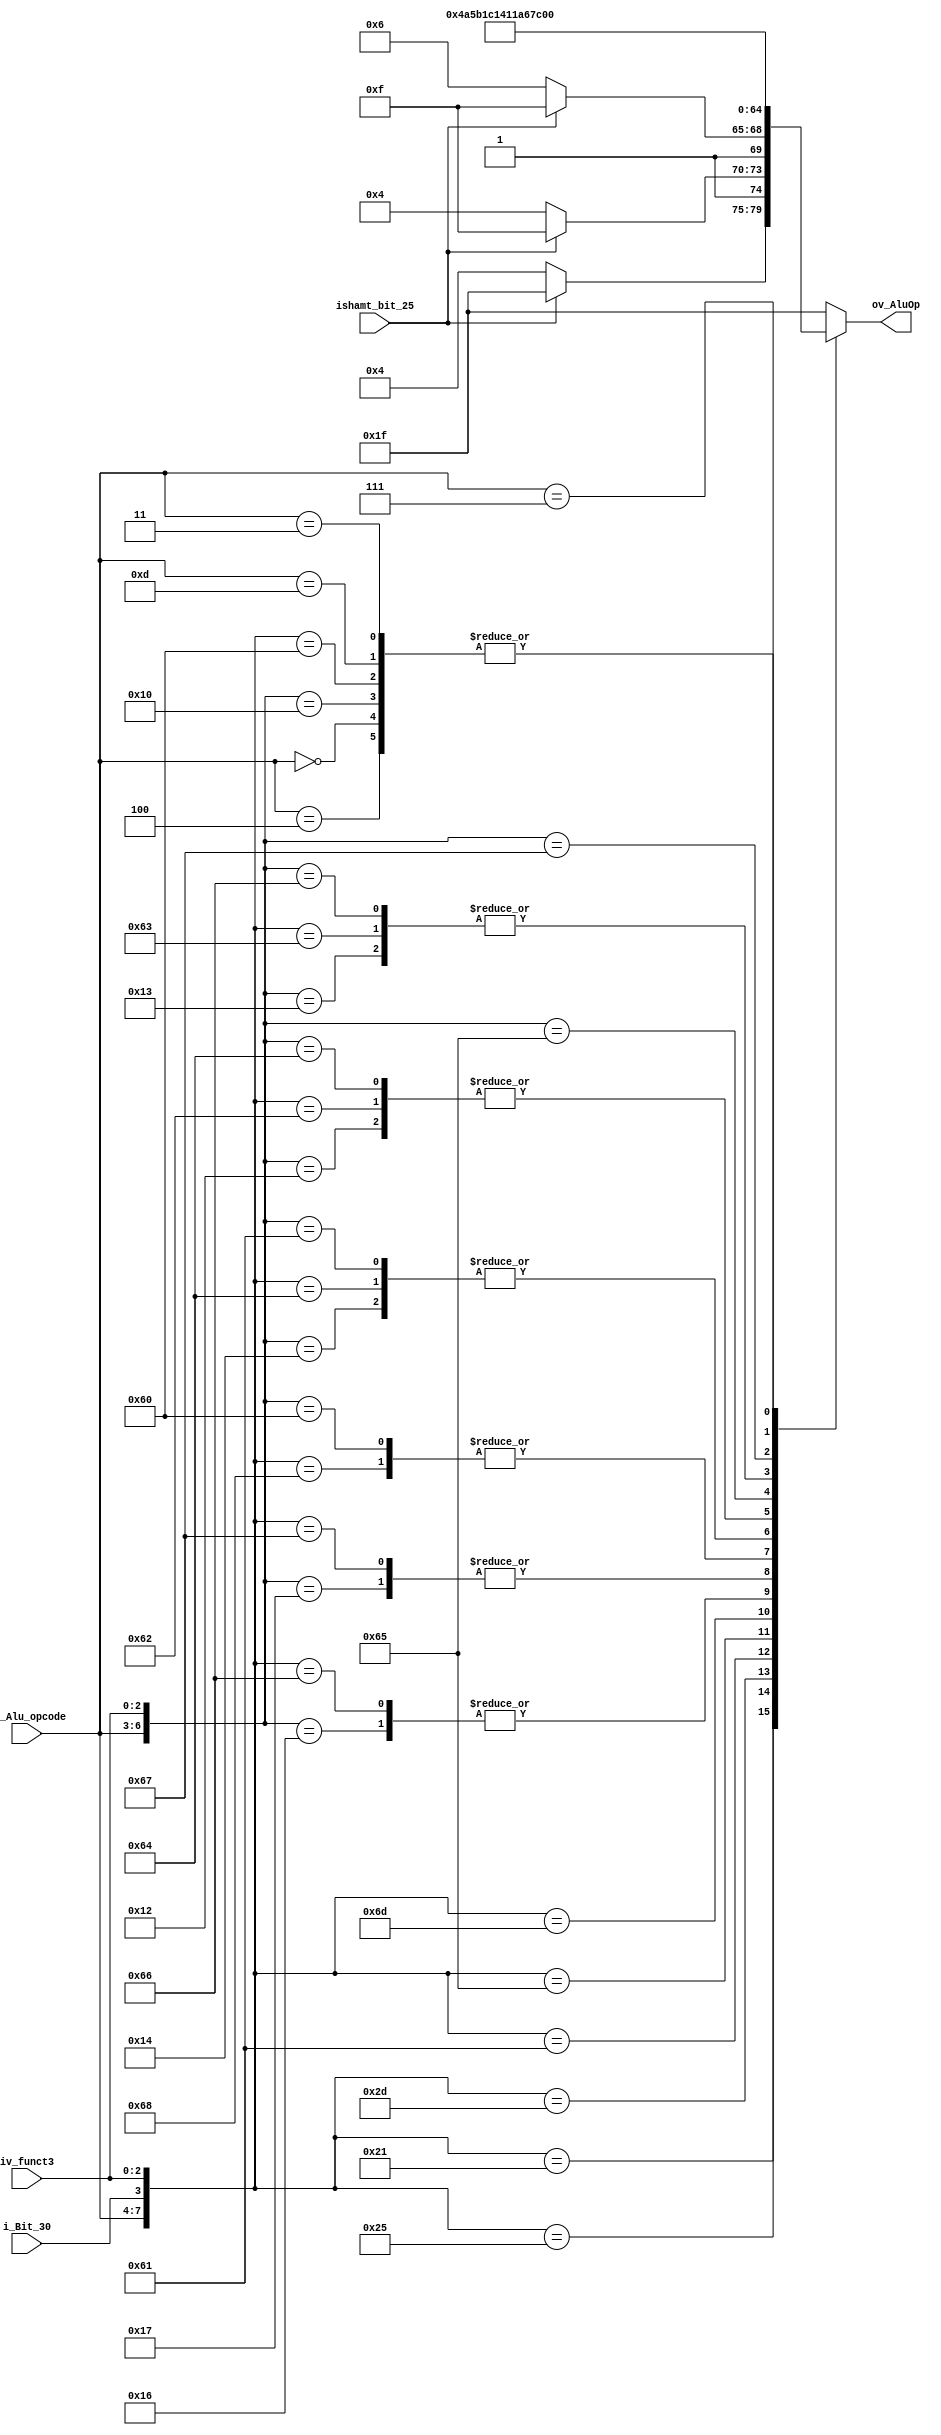
module Alu_Control(
	input[3:0] iv_Alu_opcode,  // Bits 6,5,4 y 2 del Opcode
	input i_Bit_30,				//Bit 30 de la instruccion
	input [2:0] iv_funct3,  //Bits 14:12 de las instrucciones
	input ishamt_bit_25,
	output [4:0] ov_AluOp

);

reg [4:0] ov_AluOp_Q;

assign ov_AluOp = ov_AluOp_Q;

always@*
begin
	casex({iv_Alu_opcode,i_Bit_30,iv_funct3})
//------------------------------- Tipo I-l y S ------------------------------------
		8'b0000_xxxx,8'b0100_xxxx: ov_AluOp_Q = 5'b0; // I-l ,S-s
		
//------------------------------- Tipo I ------------------------------------
		8'b0010_x000: ov_AluOp_Q = 5'b0_0000; //addi
		8'b0010_x010: ov_AluOp_Q = 5'b0_1000; //slti
		8'b0010_x011: ov_AluOp_Q = 5'b0_1100; //sltiu
		8'b0010_x100: ov_AluOp_Q = 5'b1_0000; //xori
		8'b0010_x110: ov_AluOp_Q = 5'b1_1000; //ori
		8'b0010_x111: ov_AluOp_Q = 5'b1_1100; //andi
		8'b0010_0001: ov_AluOp_Q = ishamt_bit_25?5'b1_1111:5'b0_0100; //slli
		8'b0010_0101: ov_AluOp_Q = ishamt_bit_25?5'b1_1111:5'b1_0100; //srli
		8'b0010_1101: ov_AluOp_Q = ishamt_bit_25?5'b1_1111:5'b1_0110; //srai	
	
//------------------------------- Tipo R ------------------------------------
		8'b0110_0000: ov_AluOp_Q = 5'b0_0000; //add
		8'b0110_1000: ov_AluOp_Q = 5'b0_0010; //sub
		8'b0110_0001: ov_AluOp_Q = 5'b0_0100; //sll
		8'b0110_0010: ov_AluOp_Q = 5'b0_1000; //slt
		8'b0110_0011: ov_AluOp_Q = 5'b0_1100; //sltu
		8'b0110_0100: ov_AluOp_Q = 5'b1_0000; //xor
		8'b0110_0101: ov_AluOp_Q = 5'b1_0100; //srl
		8'b0110_1101: ov_AluOp_Q = 5'b1_0110; //sra
		8'b0110_0110: ov_AluOp_Q = 5'b1_1000; //or
		8'b0110_0111: ov_AluOp_Q = 5'b1_1100; //and
		
//------------------------------- Tipo B ------------------------------------
		8'b1100_x000: ov_AluOp_Q = 5'b0_0010; //Beq
		8'b1100_x001: ov_AluOp_Q = 5'b1_0000; //Bne
		8'b1100_x100: ov_AluOp_Q = 5'b0_1000; //Blt
		8'b1100_x101: ov_AluOp_Q = 5'b1_1010; //Bge
		8'b1100_x110: ov_AluOp_Q = 5'b0_1100; //Bltu
		8'b1100_x111: ov_AluOp_Q = 5'b1_1110; //Bgeu
		
//------------------------------- Otros ------------------------------------
		8'b1101_xxxx: ov_AluOp_Q = 5'b0_0000; // JAL & JALR
		8'b0111_xxxx: ov_AluOp_Q = 5'b1_1101; //LUI
		8'b0011_xxxx: ov_AluOp_Q = 5'b0_0000; //AUIPC
		
		default: ov_AluOp_Q = 5'b1_1111;
	
	endcase
end

endmodule